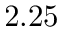
2 . 2 5